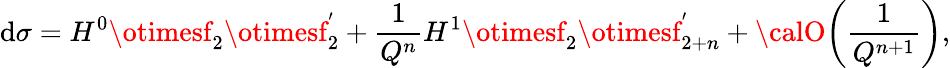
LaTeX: \mathrm{d}\sigma=H^{0}\otimesf_{2}\otimesf_{2}^{'}+{\frac{{1}}{{Q^{n}}}}H^{1}\otimesf_{2}\otimesf_{2+n}^{'}+{\calO}{\left({\frac{{1}}{{Q^{n+1}}}}\right)},